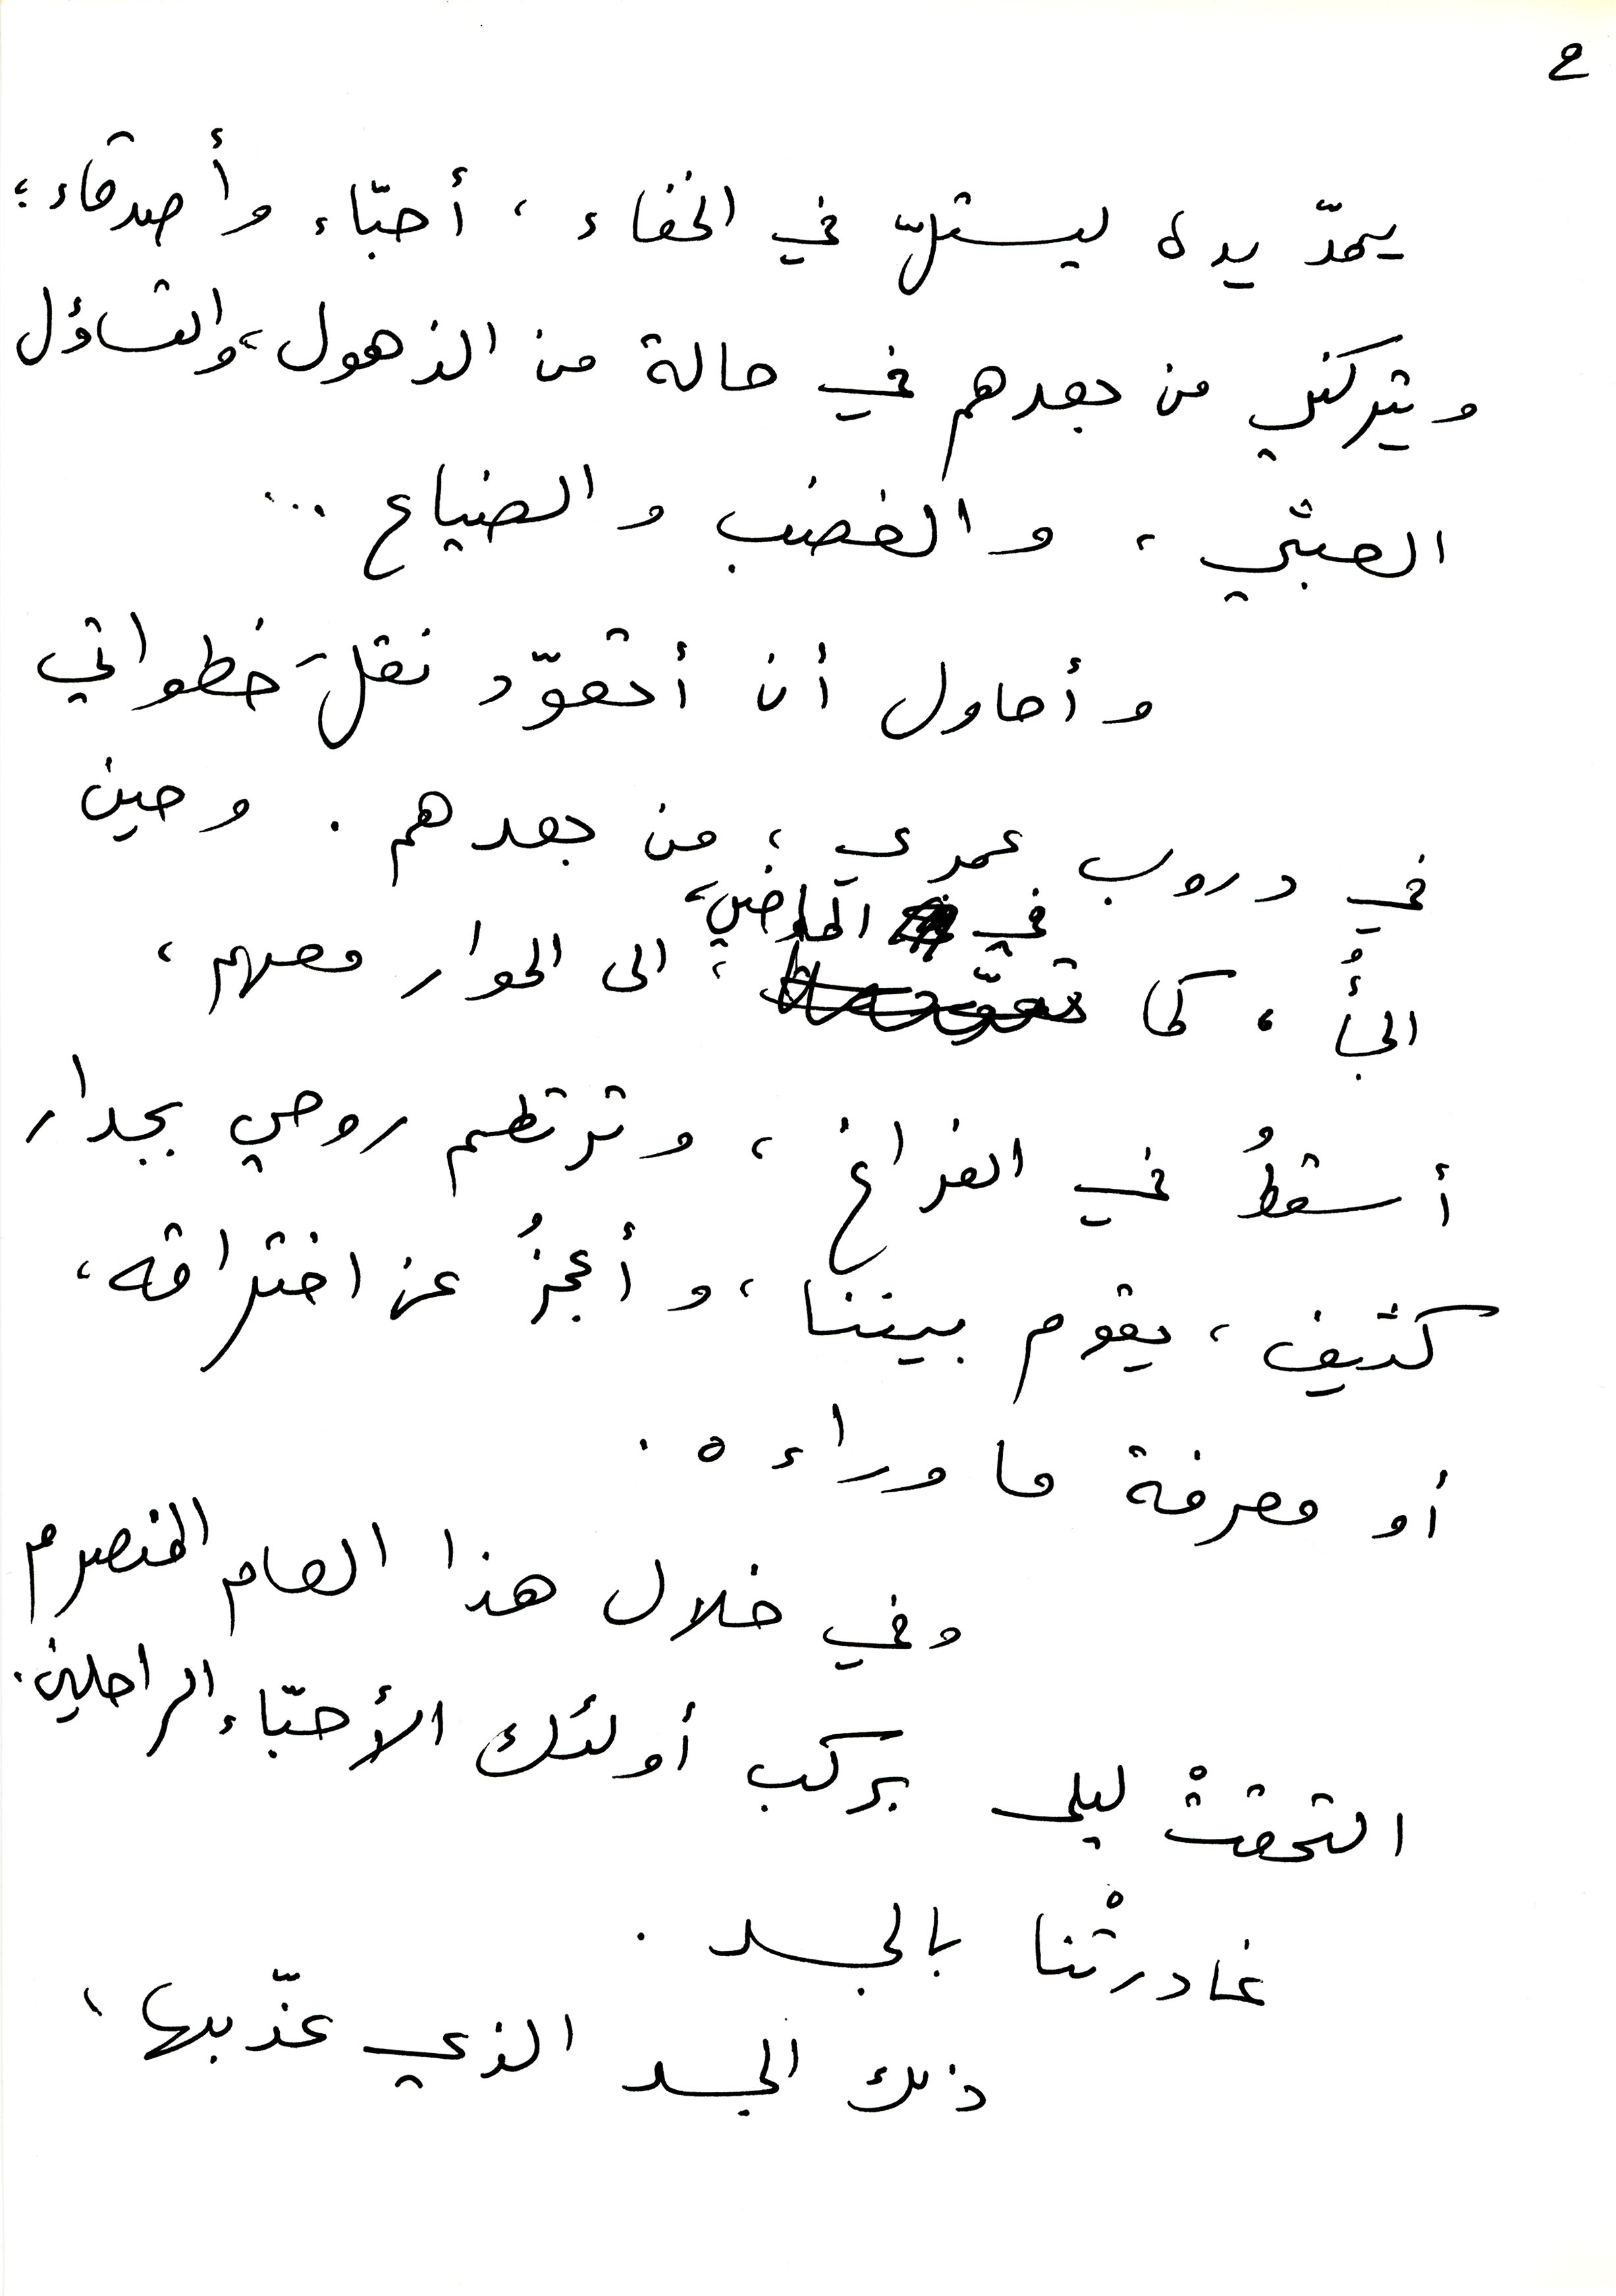
2
يمدّ يده ليستلّ في الخفاء، أحبّاء وأصدقاء؛
ويتركني من بعدهم في حالة من الذهول، والتساؤل
العبثي، والغضب، والضياع ...
وأحاول أن أتعوّد نقلَ خطواتي
في دروب عمري؛ من بعدهم. وحين
الجأ، كما في الماضي، الى الحوار معهم،
أسقطُ في الفراغ، وترتطم روحي بجدار
كثيف، يقوم بيننا، وأعجزُ عن اختراقه،
أو معرفة ما وراءه.
وفي خلال هذا العام المنصرم
التحقتْ ليلى بركب أولئك الأحبّاء الراحلين.
غادرتْنا بالجسد.
ذلك الجسد الذي  عذّبها،